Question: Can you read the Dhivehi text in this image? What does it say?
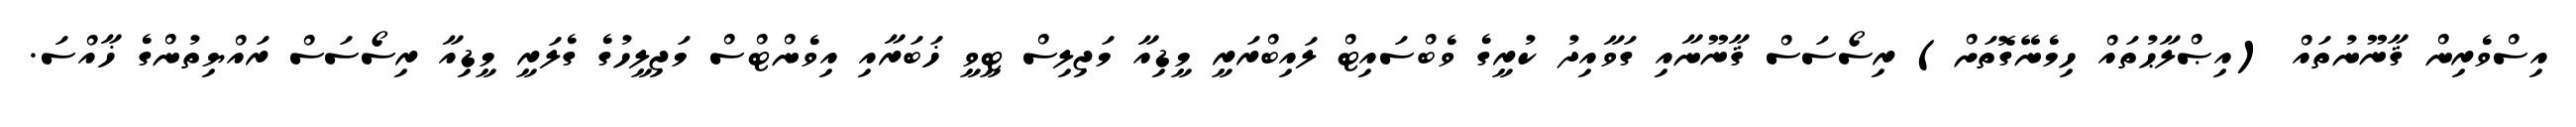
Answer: އިސްވެރިން ޤާނޫނުތައް (އިޞްލާޙުތައް ހިމެނޭގޮތަށް) ރިސޯސަސް ޤާނޫނާއި ގަވާއިދު ކުރީގެ ވެބްސައިޓް ލައިބްރަރީ މީޑިއާ މަޖިލިސް ޓީވީ ޚަބަރާއި އިވެންޓްސް މަޖިލީހުގެ ގެލަރީ މީޑިއާ ރިސޯސަސް ރައްޔިތުންގެ ޚާއްސަ.